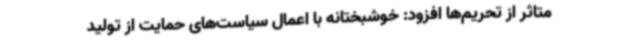
متاثر از تحریم‌ها افزود: خوشبختانه با اعمال سیاست‌های حمایت از تولید